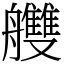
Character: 艭